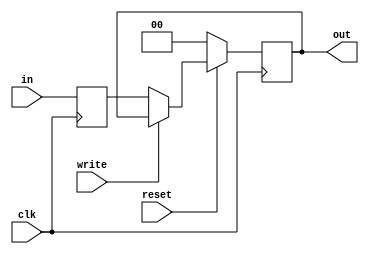
module reg2(clk, out, in, write, reset);

	output reg [1:0] out;

	input      [1:0] in;
	input      clk, write, reset;
	
	reg [1:0]indata;
	
	
	always @(negedge clk)
		indata = in;
	
	always@(posedge clk) 
		begin
			if(reset==0) 
				begin
					out = 2'b0;
				end
			else if(write == 1'b0) 
				begin
					out = indata;
				end
		end

endmodule